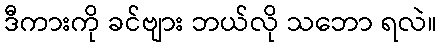
ဒီကားကို ခင်ဗျား ဘယ်လို သဘော ရလဲ။